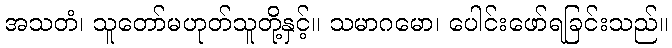
အသတံ၊ သူတော်မဟုတ်သူတို့နှင့်။ သမာဂမော၊ ပေါင်းဖော်ရခြင်းသည်။